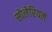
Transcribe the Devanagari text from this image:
सोलेरियम